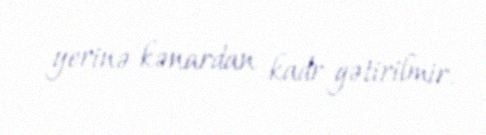
yerinə kənardan kadr gətirilmir.